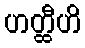
ဟတ္ထီဟိ